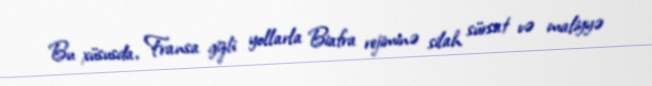
Bu xüsusda, Fransa gizli yollarla Biafra rejiminə silah sürsat və maliyyə